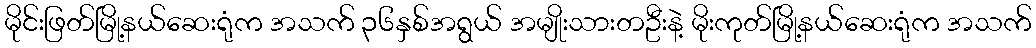
မိုင်းဖြတ်မြို့နယ်ဆေးရုံက အသက် ၃၆နှစ်အရွယ် အမျိုးသားတဦးနဲ့ မိုးကုတ်မြို့နယ်ဆေးရုံက အသက်